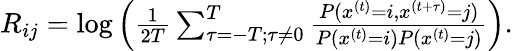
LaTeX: \begin{array}{r}{R_{ij}=\log\left(\frac{1}{2T}\sum_{\tau=-T;\tau\neq 0}^{T}\frac{P(x^{(t)}=i,x^{(t+\tau)}=j)}{P(x^{(t)}=i)P(x^{(t)}=j)}\right).}\end{array}